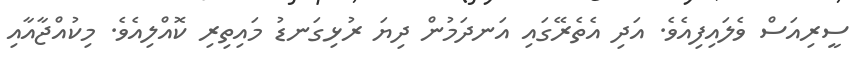
ސީރިއަސް ވެލައިފިއެވެ. އަދި އެތެރޭގައި އަނދަމުން ދިޔަ ރުޅިގަނޑު މައިތިރި ކޮއްލިއެވެ. މިކުއްޖާއާއި